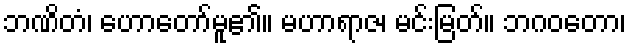
ဘဏိတံ၊ ဟောတော်မူ၏။ မဟာရာဇ၊ မင်းမြတ်။ ဘဂဝတော၊